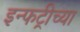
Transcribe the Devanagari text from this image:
इन्फट्रीच्या